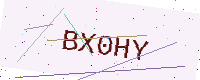
Text: BX0HY